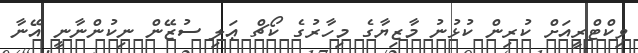
ވިކްޓްރީއަށް ކުރިން ކުޅުނު މާޒިޔާގެ މިހާރުގެ ކޯޗް ޢަލި ސުޒޭން ނިކުންނާނީ އޭނާ